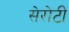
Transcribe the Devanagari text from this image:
सेरोटी